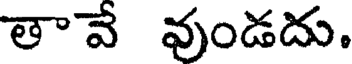
తావే వుండదు.